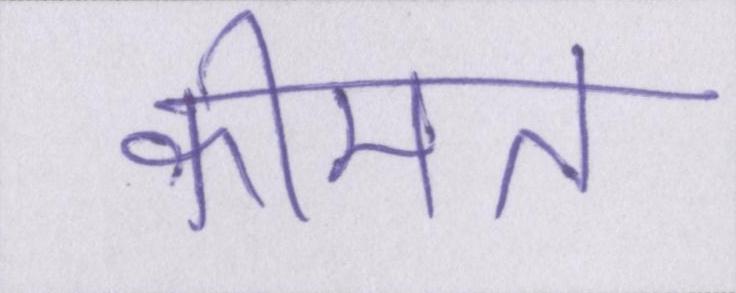
कीमत